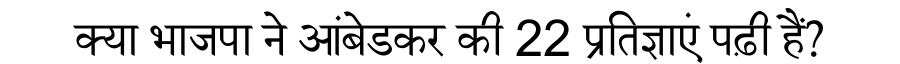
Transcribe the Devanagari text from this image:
क्या भाजपा ने आंबेडकर की 22 प्रतिज्ञाएं पढ़ी हैं?